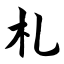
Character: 札